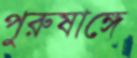
পুরুষাঙ্গে